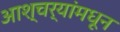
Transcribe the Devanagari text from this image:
आश्चर्यांमधून